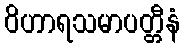
ဝိဟာရသမာပတ္တီနံ